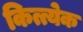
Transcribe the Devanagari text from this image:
कित्त्येक